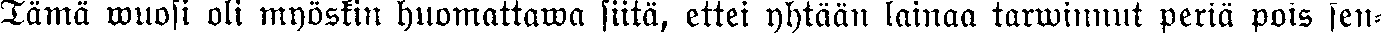
Tämä wuosi oli myöskin huomattawa siitä, ettei yhtään lainaa tarwinnut periä pois seit-